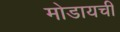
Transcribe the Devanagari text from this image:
मोडायची